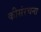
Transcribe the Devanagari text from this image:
कीसंरचना